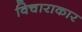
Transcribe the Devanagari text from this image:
विचाराकार